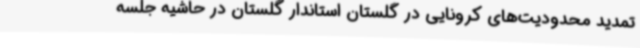
تمدید محدودیت‌های کرونایی در گلستان استاندار گلستان در حاشیه جلسه